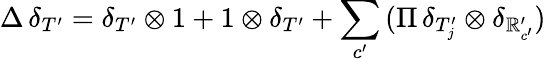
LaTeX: \Delta\, \delta_{T^{\prime}}=\delta_{T^{\prime}}\otimes1+1\otimes\delta_{T^{\prime}}+\sum_{c^{\prime}}\, (\Pi\, \delta_{T_{j}^{\prime}}\otimes\delta_{\mathbb{R}_{c^{\prime}}^{\prime}})